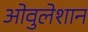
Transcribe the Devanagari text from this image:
ओवुलेशान